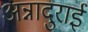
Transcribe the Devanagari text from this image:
अन्नादुराई